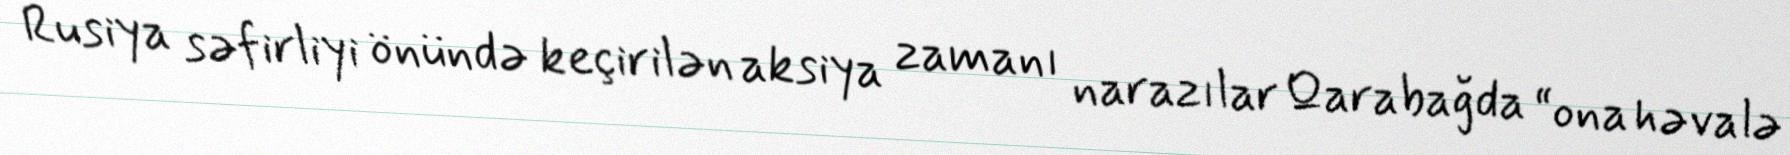
Rusiya səfirliyi önündə keçirilən aksiya zamanı narazılar Qarabağda “ona həvalə